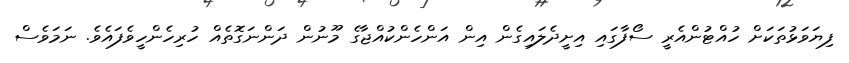
ފިޔަވަޅުތަކަށް ހުއްޓުންއެރީ ސޯފާގައި އިށީދެލައިގެން އިން އަންހެންކުއްޖާގެ މޫނުން ދަންނަގޮތެއް ހުރިހެންހީވެފައެވެ. ނަމަވެސް